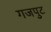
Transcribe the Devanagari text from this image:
गजपुट